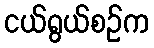
ငယ်ရွယ်စဉ်က